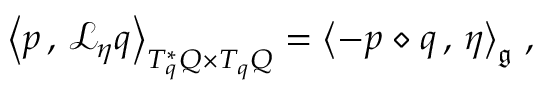
\begin{array} { r } { \left< p \, , \, \mathcal { L } _ { \eta } q \right> _ { T _ { q } ^ { * } Q \times T _ { q } Q } = \left< - p \diamond q \, , \, \eta \right> _ { \mathfrak { g } } \, , } \end{array}